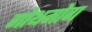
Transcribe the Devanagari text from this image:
गोथमोग